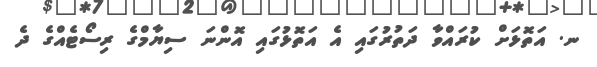
ނ. އަތޮޅަށް ކުރައްވާ ދަތުރުގައި އެ އަތޮޅުގައި އޮންނަ ސިޔާމްގެ ރިސޯޓެއްގެ ދެ